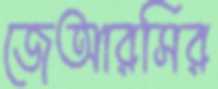
জেআরসির